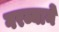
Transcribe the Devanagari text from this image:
गरब्याने